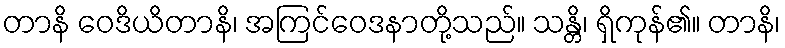
တာနိ ဝေဒိယိတာနိ၊ အကြင်ဝေဒနာတို့သည်။ သန္တိ၊ ရှိကုန်၏။ တာနိ၊